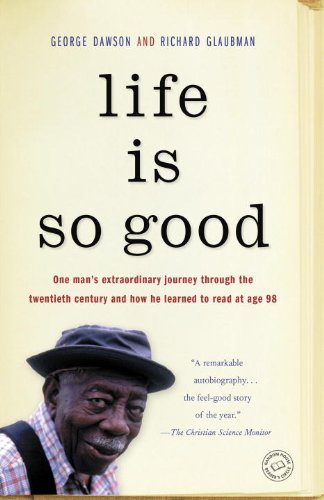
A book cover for Life Is So Good; George Dawson; Biographies & Memoirs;